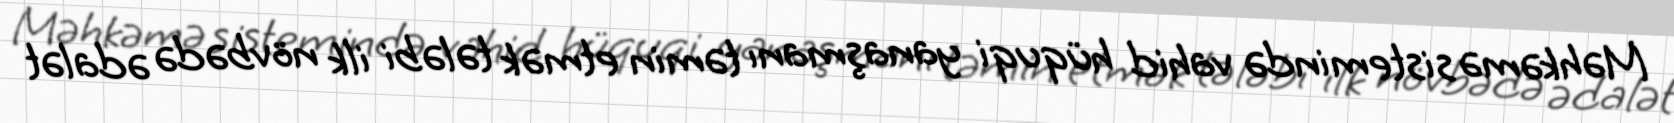
Məhkəmə sistemində vahid hüquqi yanaşmanı təmin etmək tələbi ilk növbədə ədalət